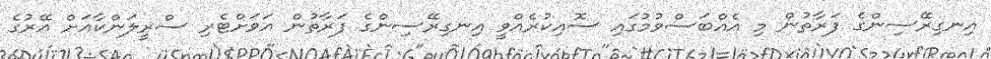
އިނގިރޭސިންގެ ފަރާތުން މި އެއްބަސްވުމުގައި ސޮއިކުރެއްވީ އިނގިރޭސިންގެ ފަރާތުން އަވަށްޓެރި ސްރީލަންކާއަށް އޭރުގެ